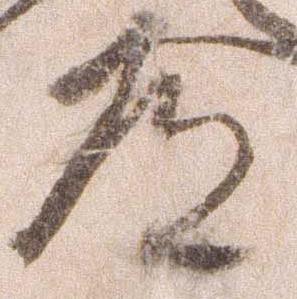
道